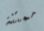
ممتنة